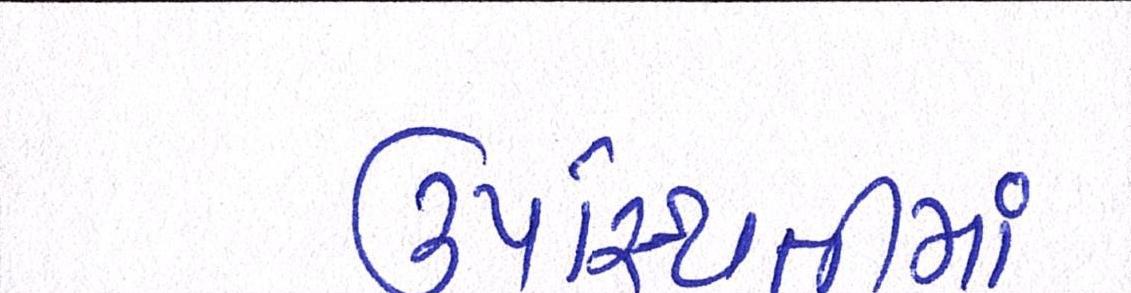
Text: ઉપસ્થિતીમાં